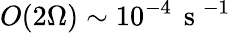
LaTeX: O(2\Omega)\sim 10^{-4}\, \mathrm{~s~}^{-1}